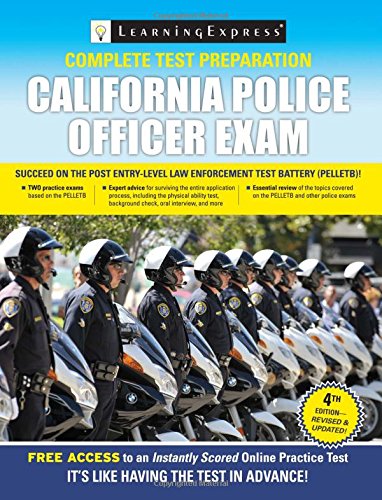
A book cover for California Police Officer Exam; LearningExpress LLC Editors; Test Preparation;